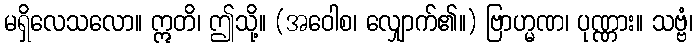
မရှိလေသလော။ ဣတိ၊ ဤသို့။ (အဝေါစ၊ လျှောက်၏။) ဗြာဟ္မဏ၊ ပုဏ္ဏား။ သဗ္ဗံ၊